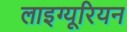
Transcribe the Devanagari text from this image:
लाइग्यूरियन